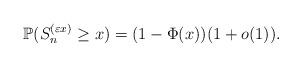
LaTeX: \begin{align*}\mathbb{P}(S_n^{(\varepsilon x)}\geq x) =(1-\Phi(x))(1+o(1)).\end{align*}